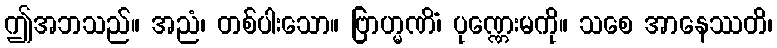
ဤအဘသည်။ အညံ၊ တစ်ပါးသော။ ဗြာဟ္မဏိံ၊ ပုဏ္ဏေးမကို။ သစေ အာနေဿတိ၊